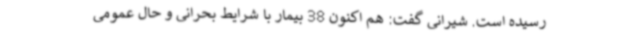
رسیده است. شیرانی گفت: هم اکنون 38 بیمار با شرایط بحرانی و حال عمومی